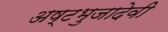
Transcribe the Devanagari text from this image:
अष्टभुजादेवी